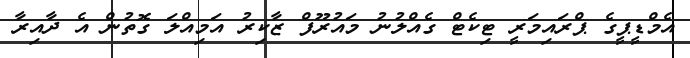
އެމްޑީޕީގެ ޕްރައިމަރީ ޓިކެޓް ގެއްލުނު މައުރޫފް ޒާކިރު އަމިއްލަ ގޮތުން އެ ދާއިރާ